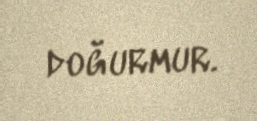
doğurmur.